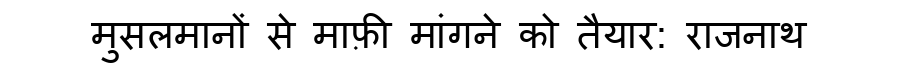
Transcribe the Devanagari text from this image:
मुसलमानों से माफ़ी मांगने को तैयार: राजनाथ